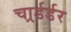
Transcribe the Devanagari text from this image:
चार्र्डर्डर